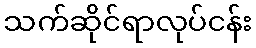
သက်ဆိုင်ရာလုပ်ငန်း